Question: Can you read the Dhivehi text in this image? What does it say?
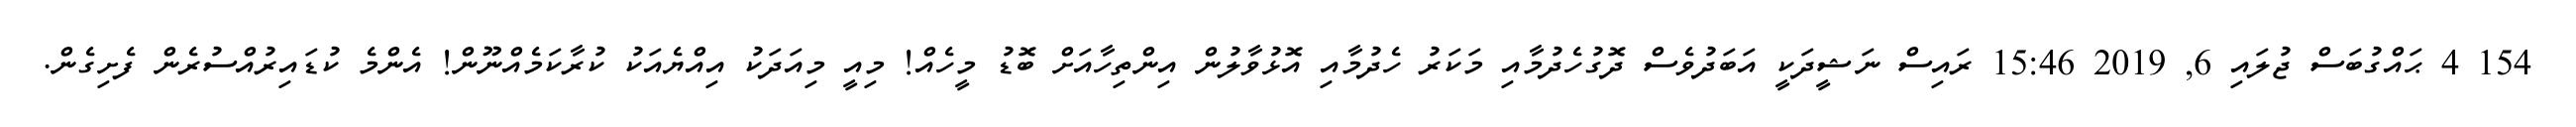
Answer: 154 4 ޙައްގުބަސް ޖުލައި 6, 2019 15:46 ރައިސް ނަޝީދަކީ އަބަދުވެސް ދޮގުހެދުމާއި މަކަރު ހެދުމާއި އޮޅުވާލުން އިންތިހާއަށް ބޮޑު މީހެއް! މިއީ މިއަދަކު އިއްޔެއަކު ކުރާކަމެއްނޫން! އެންމެ ކުޑައިރުއްސުރެން ފެށިގެން.